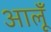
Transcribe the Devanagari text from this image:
आलूँ